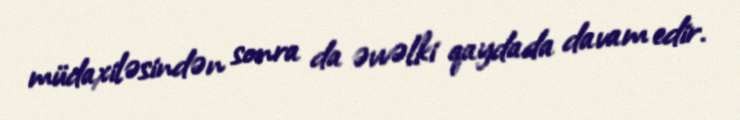
müdaxiləsindən sonra da əvvəlki qaydada davam edir.